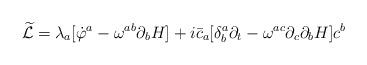
LaTeX: \begin{align*}{\widetilde{\cal L}}=\lambda_{a}[{\dot\varphi }^{a}-\omega^{ab}\partial_{b}H]+i{\bar c}_{a}[\delta^{a}_{b}\partial_{t}-\omega^{ac}\partial_{c}\partial_{b}H]c^{b}\end{align*}